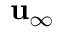
\mathbf { u } _ { \infty }